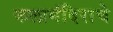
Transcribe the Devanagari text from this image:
कलामंदिराचे